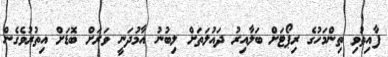
ފާއިތުވި ތިންމަހުގެ ރިޕޯޓަށް ބަލާއިރު ދައުލަތަށް ލިބުނު އާމުދަނީ ވަރަށް ބޮޑަށް އިތުރުވެގެން